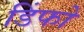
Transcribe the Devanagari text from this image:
डिंफो